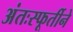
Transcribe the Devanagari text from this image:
अंतःस्फूर्तीने